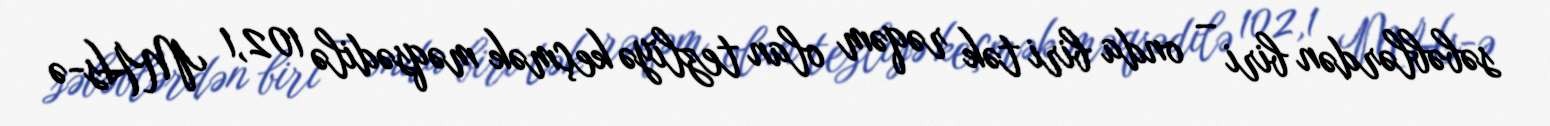
səbəblərdən biri – onda biri tək rəqəm olan tezliyə keçmək məqsədilə 102,1 MHs-ə